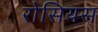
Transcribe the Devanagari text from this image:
रोसियस